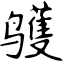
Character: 鹱